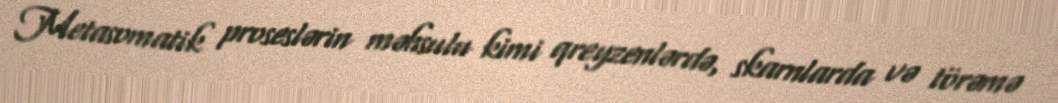
Metasomatik proseslərin məhsulu kimi qreyzenlərdə, skarnlarda və törəmə